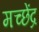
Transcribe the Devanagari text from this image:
मच्छेंद्र